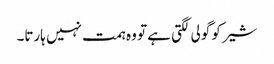
شیر کو گولی لگتی ہے تو وہ ہمت نہیں ہارتا۔